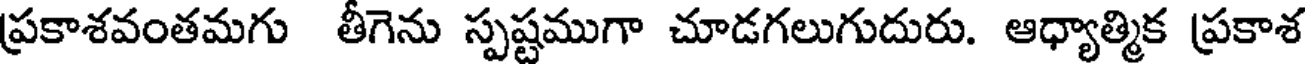
ప్రకాశవంతమగు తీగెను స్పష్టముగా చూడగలుగుదురు. ఆధ్యాత్మిక ప్రకాశ